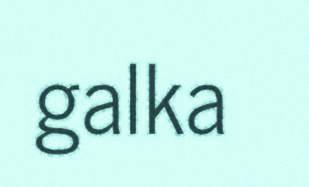
galka